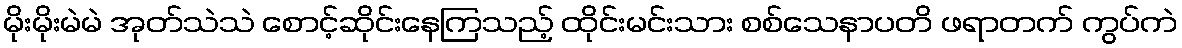
မိုးမိုးမဲမဲ အုတ်သဲသဲ စောင့်ဆိုင်းနေကြသည့် ထိုင်းမင်းသား စစ်သေနာပတိ ဖရာတက် ကွပ်ကဲ